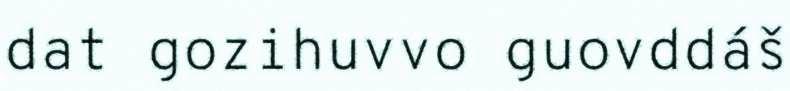
dat gozihuvvo guovddáš